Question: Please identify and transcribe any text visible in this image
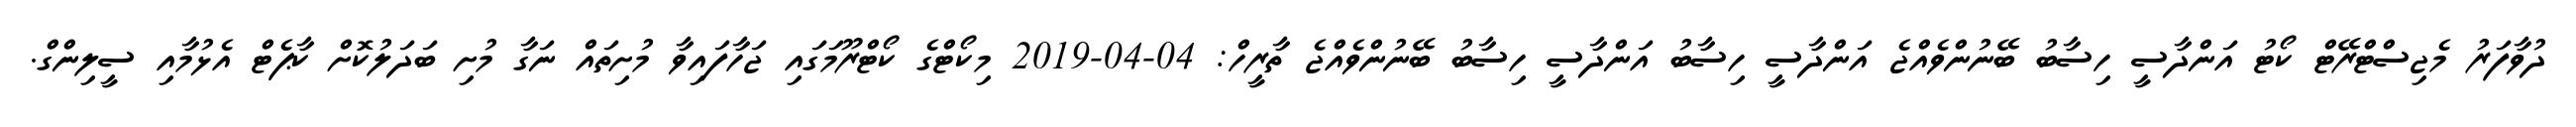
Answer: ދުވާފަރު މެޖިސްޓްރޭޓް ކޯޓު އަންދާސީ ހިސާބު ބޭނުންވެއްޖެ އަންދާސީ ހިސާބު އަންދާސީ ހިސާބު ބޭނުންވެއްޖެ ތާރީހް: 04-04-2019 މިކޯޓްގެ ކޯޓްރޫމަގައި ޖަހާފައިވާ މުށިތައް ނަގާ މުށި ބަދަލުކޮށް ކާޕެޓް އެޅުމާއި ސީލިންގް.